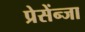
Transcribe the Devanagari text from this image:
प्रेसेंन्जा